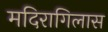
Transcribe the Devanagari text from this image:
मदिरागिलास